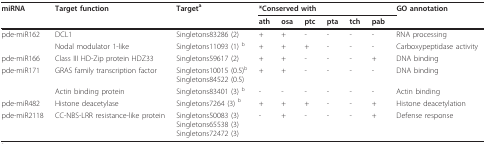
<table><thead><tr><td><b>miRNA</b></td><td><b>Target function</b></td><td><b>Target<sup>a</sup></b></td><td colspan="6"><b>*Conserved with</b></td><td><b>GO annotation</b></td></tr><tr><td></td><td></td><td></td><td><b>ath</b></td><td><b>osa</b></td><td><b>ptc</b></td><td><b>pta</b></td><td><b>tch</b></td><td><b>pab</b></td><td></td></tr></thead><tbody><tr><td>pde-miR162</td><td>DCL1</td><td>Singletons83286 (2)</td><td>+</td><td>+</td><td>-</td><td>-</td><td>-</td><td>-</td><td>RNA processing</td></tr><tr><td></td><td>Nodal modulator 1-like</td><td>Singletons11093 (1) <sup>b</sup></td><td>+</td><td>+</td><td>+</td><td>-</td><td>-</td><td>-</td><td>Carboxypeptidase activity</td></tr><tr><td>pde-miR166</td><td>Class III HD-Zip protein HDZ33</td><td>Singletons59617 (2)</td><td>+</td><td>+</td><td>-</td><td>-</td><td>-</td><td>+</td><td>DNA binding</td></tr><tr><td>pde-miR171</td><td>GRAS family transcription factor</td><td>Singletons10015 (0.5)<sup>b</sup>Singletons84522 (0.5)</td><td>+</td><td>+</td><td>-</td><td>-</td><td>-</td><td>-</td><td>DNA binding</td></tr><tr><td></td><td>Actin binding protein</td><td>Singletons83401 (3) <sup>b</sup></td><td>-</td><td>-</td><td>-</td><td>-</td><td>-</td><td>-</td><td>Actin binding</td></tr><tr><td>pde-miR482</td><td>Histone deacetylase</td><td>Singletons7264 (3) <sup>b</sup></td><td>+</td><td>+</td><td>+</td><td>-</td><td>-</td><td>+</td><td>Histone deacetylation</td></tr><tr><td>pde-miR2118</td><td>CC-NBS-LRR resistance-like protein</td><td>Singletons50083 (3)Singletons65538 (3)Singletons72472 (3)</td><td>-</td><td>+</td><td>-</td><td>-</td><td>-</td><td>+</td><td>Defense response</td></tr></tbody></table>